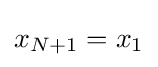
x_{N+1}=x_{1}